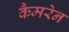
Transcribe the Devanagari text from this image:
कैमरेन